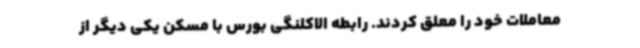
معاملات خود را معلق کردند. رابطه الاکلنگی بورس با مسکن یکی دیگر از